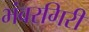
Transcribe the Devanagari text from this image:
भंवरगिरी